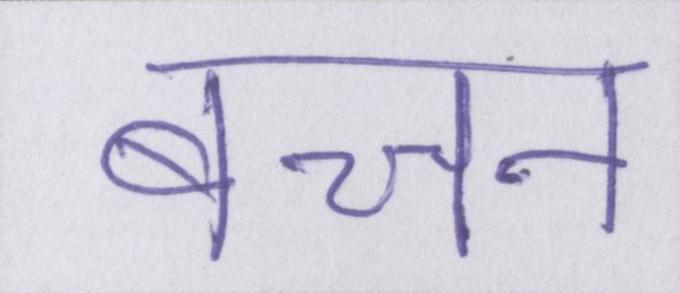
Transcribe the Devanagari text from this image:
बच्चन